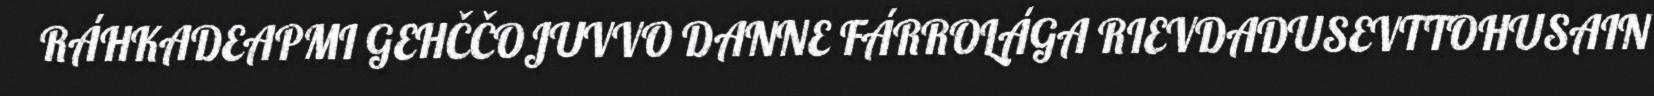
RÁHKADEAPMI GEHČČOJUVVO DANNE FÁRROLÁGA RIEVDADUSEVTTOHUSAIN